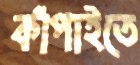
কাঁপাইতে